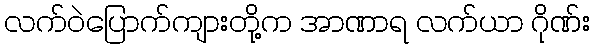
လက်ဝဲပြောက်ကျားတို့က အာဏာရ လက်ယာ ဂိုဏ်း